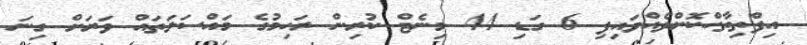
އިފްތިތާހްކޮށްދެއްވައިފި 6 ގަޑި 44 މިނެޓް ކުރިން ރަހިމުގެ މައްސަލަތައް ވަރަށް ގިނަ